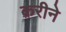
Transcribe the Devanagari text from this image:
क़रीने